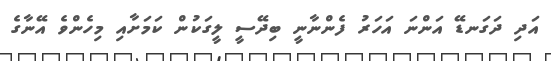
އަދި ދަގަނޑޭ އަންނަ އަހަރު ފެންނާނީ ބިދޭސީ ލީގަކުން ކަމަށާއި މިހެންވެ އޭނާގެ